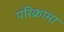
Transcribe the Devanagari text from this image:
परिक्रामा